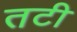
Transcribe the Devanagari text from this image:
तटी